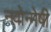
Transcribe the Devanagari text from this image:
नवोन्‍मेषी